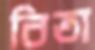
বিতা